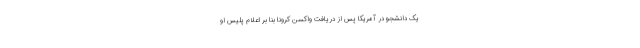
یک دانشجو در آمریکا پس از دریافت واکسن کرونا بنا بر اعلام پلیس او